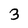
Character: 3